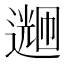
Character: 𬩌